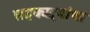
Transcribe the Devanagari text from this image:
सहकाऱ्यांचा